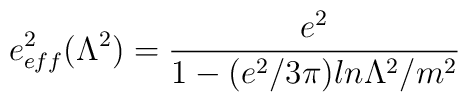
e_{eff}^{2}(\Lambda^2) = {e^2  \over 1- (e^2/3\pi) ln \Lambda^2 /m^2}